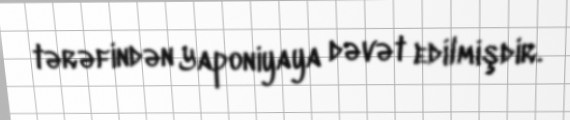
tərəfindən Yaponiyaya dəvət edilmişdir.